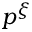
p ^ { \xi }